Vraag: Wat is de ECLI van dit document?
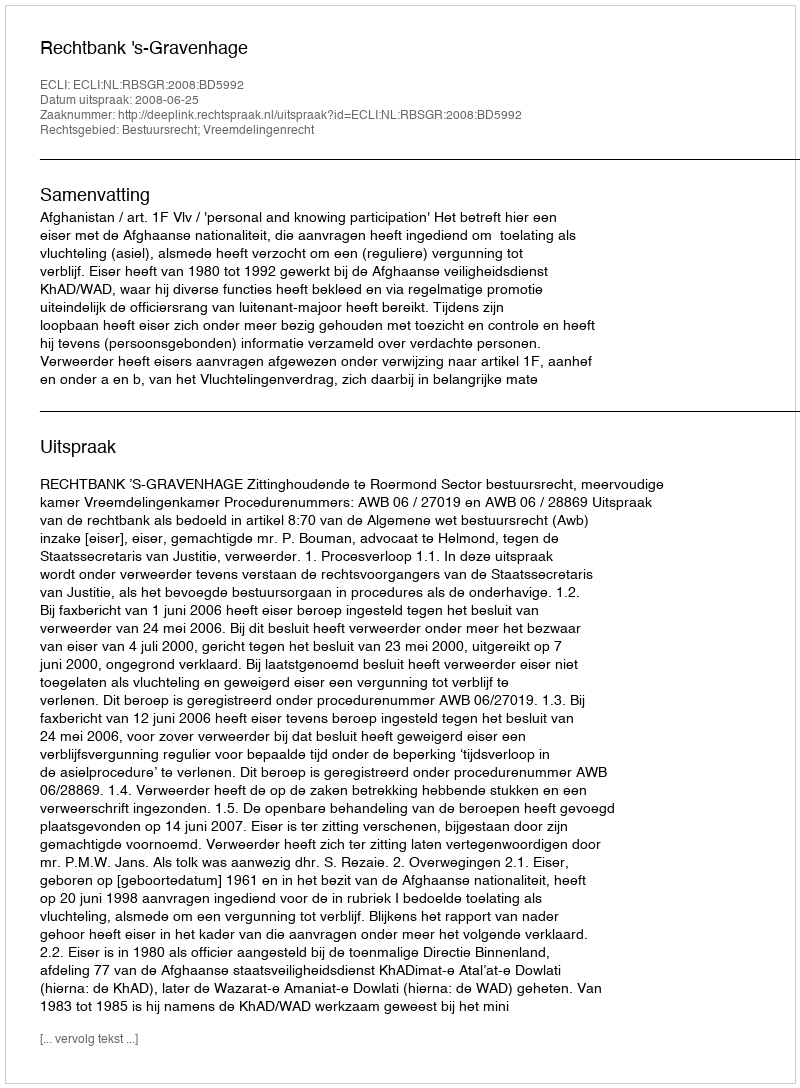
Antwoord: ECLI:NL:RBSGR:2008:BD5992